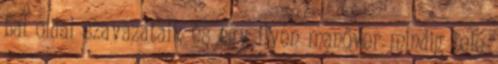
bal oldal szavazatait, és egy ilyen manőver mindig tele